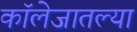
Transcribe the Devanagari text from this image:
कॉलेजातल्या